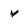
Character: v